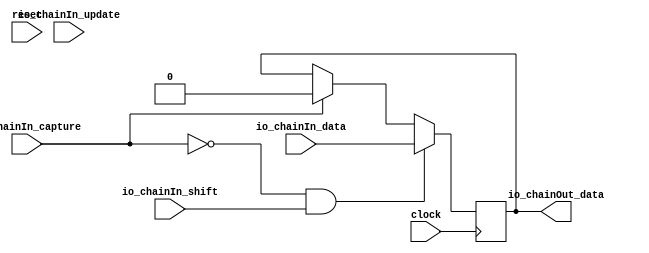
// Copyright (c) 2017, Microsemi Corporation
// All rights reserved.
//
// Redistribution and use in source and binary forms, with or without
// modification, are permitted provided that the following conditions are met:
//     * Redistributions of source code must retain the above copyright
//       notice, this list of conditions and the following disclaimer.
//     * Redistributions in binary form must reproduce the above copyright
//       notice, this list of conditions and the following disclaimer in the
//       documentation and/or other materials provided with the distribution.
//     * Neither the name of the <organization> nor the
//       names of its contributors may be used to endorse or promote products
//       derived from this software without specific prior written permission.
//
// THIS SOFTWARE IS PROVIDED BY THE COPYRIGHT HOLDERS AND CONTRIBUTORS "AS IS" AND
// ANY EXPRESS OR IMPLIED WARRANTIES, INCLUDING, BUT NOT LIMITED TO, THE IMPLIED
// WARRANTIES OF MERCHANTABILITY AND FITNESS FOR A PARTICULAR PURPOSE ARE
// DISCLAIMED. IN NO EVENT SHALL MICROSEMI CORPORATIONM BE LIABLE FOR ANY
// DIRECT, INDIRECT, INCIDENTAL, SPECIAL, EXEMPLARY, OR CONSEQUENTIAL DAMAGES
// (INCLUDING, BUT NOT LIMITED TO, PROCUREMENT OF SUBSTITUTE GOODS OR SERVICES;
// LOSS OF USE, DATA, OR PROFITS; OR BUSINESS INTERRUPTION) HOWEVER CAUSED AND
// ON ANY THEORY OF LIABILITY, WHETHER IN CONTRACT, STRICT LIABILITY, OR TORT
// (INCLUDING NEGLIGENCE OR OTHERWISE) ARISING IN ANY WAY OUT OF THE USE OF THIS
// SOFTWARE, EVEN IF ADVISED OF THE POSSIBILITY OF SUCH DAMAGE.
//
// APACHE LICENSE
// Copyright (c) 2017, Microsemi Corporation 
//
// Licensed under the Apache License, Version 2.0 (the "License");
// you may not use this file except in compliance with the License.
// You may obtain a copy of the License at
//
//    http://www.apache.org/licenses/LICENSE-2.0
//
// Unless required by applicable law or agreed to in writing, software
// distributed under the License is distributed on an "AS IS" BASIS,
// WITHOUT WARRANTIES OR CONDITIONS OF ANY KIND, either express or implied.
// See the License for the specific language governing permissions and
// limitations under the License.
//
// Description:
//
// SVN Revision Information:
// SVN $Revision: $
// SVN $Date: $
//
// Resolved SARs
// SAR      Date     Who   Description
//
// Notes:
//
// ****************************************************************************/
`define RANDOMIZE
`timescale 1ns/10ps
module PROC_SUBSYSTEM_MIV_RV32IMA_L1_AHB_0_MIV_RV32IMA_L1_AHB_JTAG_BYPASS_CHAIN(
  input   clock,
  input   reset,
  input   io_chainIn_shift,
  input   io_chainIn_data,
  input   io_chainIn_capture,
  input   io_chainIn_update,
  output  io_chainOut_data
);
  reg  reg$;
  reg [31:0] _RAND_0;
  wire  _GEN_0;
  wire  _T_7;
  wire  _T_8;
  wire  _GEN_1;
  wire  _T_9;
  wire  _T_11;
  wire  _T_12;
  wire  _T_14;
  wire  _T_15;
  wire  _T_16;
  wire  _T_18;
  wire  _T_19;
  wire  _T_20;
  wire  _T_22;
  assign io_chainOut_data = reg$;
  assign _GEN_0 = io_chainIn_capture ? 1'h0 : reg$;
  assign _T_7 = io_chainIn_capture == 1'h0;
  assign _T_8 = _T_7 & io_chainIn_shift;
  assign _GEN_1 = _T_8 ? io_chainIn_data : _GEN_0;
  assign _T_9 = io_chainIn_capture & io_chainIn_update;
  assign _T_11 = _T_9 == 1'h0;
  assign _T_12 = io_chainIn_capture & io_chainIn_shift;
  assign _T_14 = _T_12 == 1'h0;
  assign _T_15 = _T_11 & _T_14;
  assign _T_16 = io_chainIn_update & io_chainIn_shift;
  assign _T_18 = _T_16 == 1'h0;
  assign _T_19 = _T_15 & _T_18;
  assign _T_20 = _T_19 | reset;
  assign _T_22 = _T_20 == 1'h0;
`ifdef RANDOMIZE
  integer initvar;
  initial begin
    `ifndef verilator
      #0.002 begin end
    `endif
  `ifdef RANDOMIZE_REG_INIT
  _RAND_0 = {1{$random}};
  reg$ = _RAND_0[0:0];
  `endif // RANDOMIZE_REG_INIT
  end
`endif // RANDOMIZE
  always @(posedge clock) begin
    if (_T_8) begin
      reg$ <= io_chainIn_data;
    end else begin
      if (io_chainIn_capture) begin
        reg$ <= 1'h0;
      end
    end
    `ifndef SYNTHESIS
    `ifdef PRINTF_COND
      if (`PRINTF_COND) begin
    `endif
        if (_T_22) begin
          $fwrite(32'h80000002,"Assertion failed\n    at JtagShifter.scala:68 assert(!(io.chainIn.capture && io.chainIn.update)\n");
        end
    `ifdef PRINTF_COND
      end
    `endif
    `endif // SYNTHESIS
    `ifndef SYNTHESIS
    `ifdef STOP_COND
      if (`STOP_COND) begin
    `endif
        if (_T_22) begin
          $fatal;
        end
    `ifdef STOP_COND
      end
    `endif
    `endif // SYNTHESIS
  end
endmodule